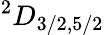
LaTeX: ^2D_{3/2,5/2}